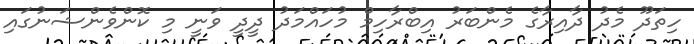
ހިތަދޫ މެދު ދާއިރާގެ މެންބަރު އިބްރާހިމް މުހައްމަދު ދީދީ ވަނީ މި ކޮންވެންޝަނުގައި